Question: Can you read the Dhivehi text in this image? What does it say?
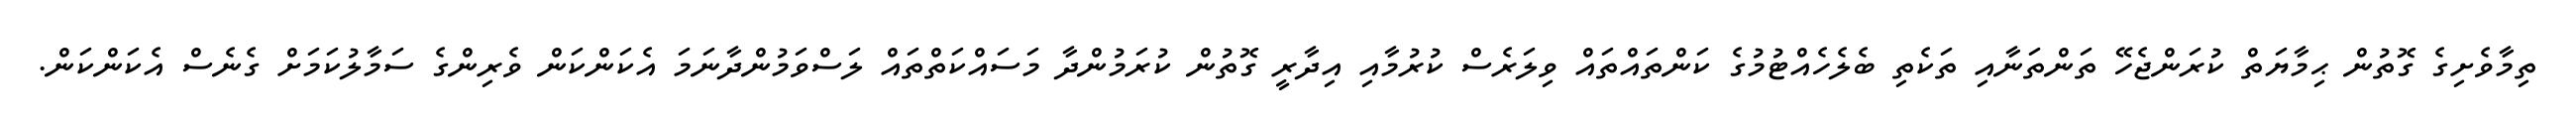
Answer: ތިމާވެށިގެ ގޮތުން ޙިމާޔަތް ކުރަންޖެހޭ ތަންތަނާއި ތަކެތި ބެލެހެއްޓުމުގެ ކަންތައްތައް ވިލަރެސް ކުރުމާއި އިދާރީ ގޮތުން ކުރަމުންދާ މަސައްކަތްތައް ލަސްވަމުންދާނަމަ އެކަންކަން ވެރިންގެ ސަމާލުކަމަށް ގެނެސް އެކަންކަން.